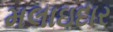
મલાઇદાર